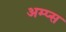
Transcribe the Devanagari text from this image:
अम्प्स